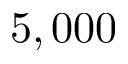
5 , 0 0 0